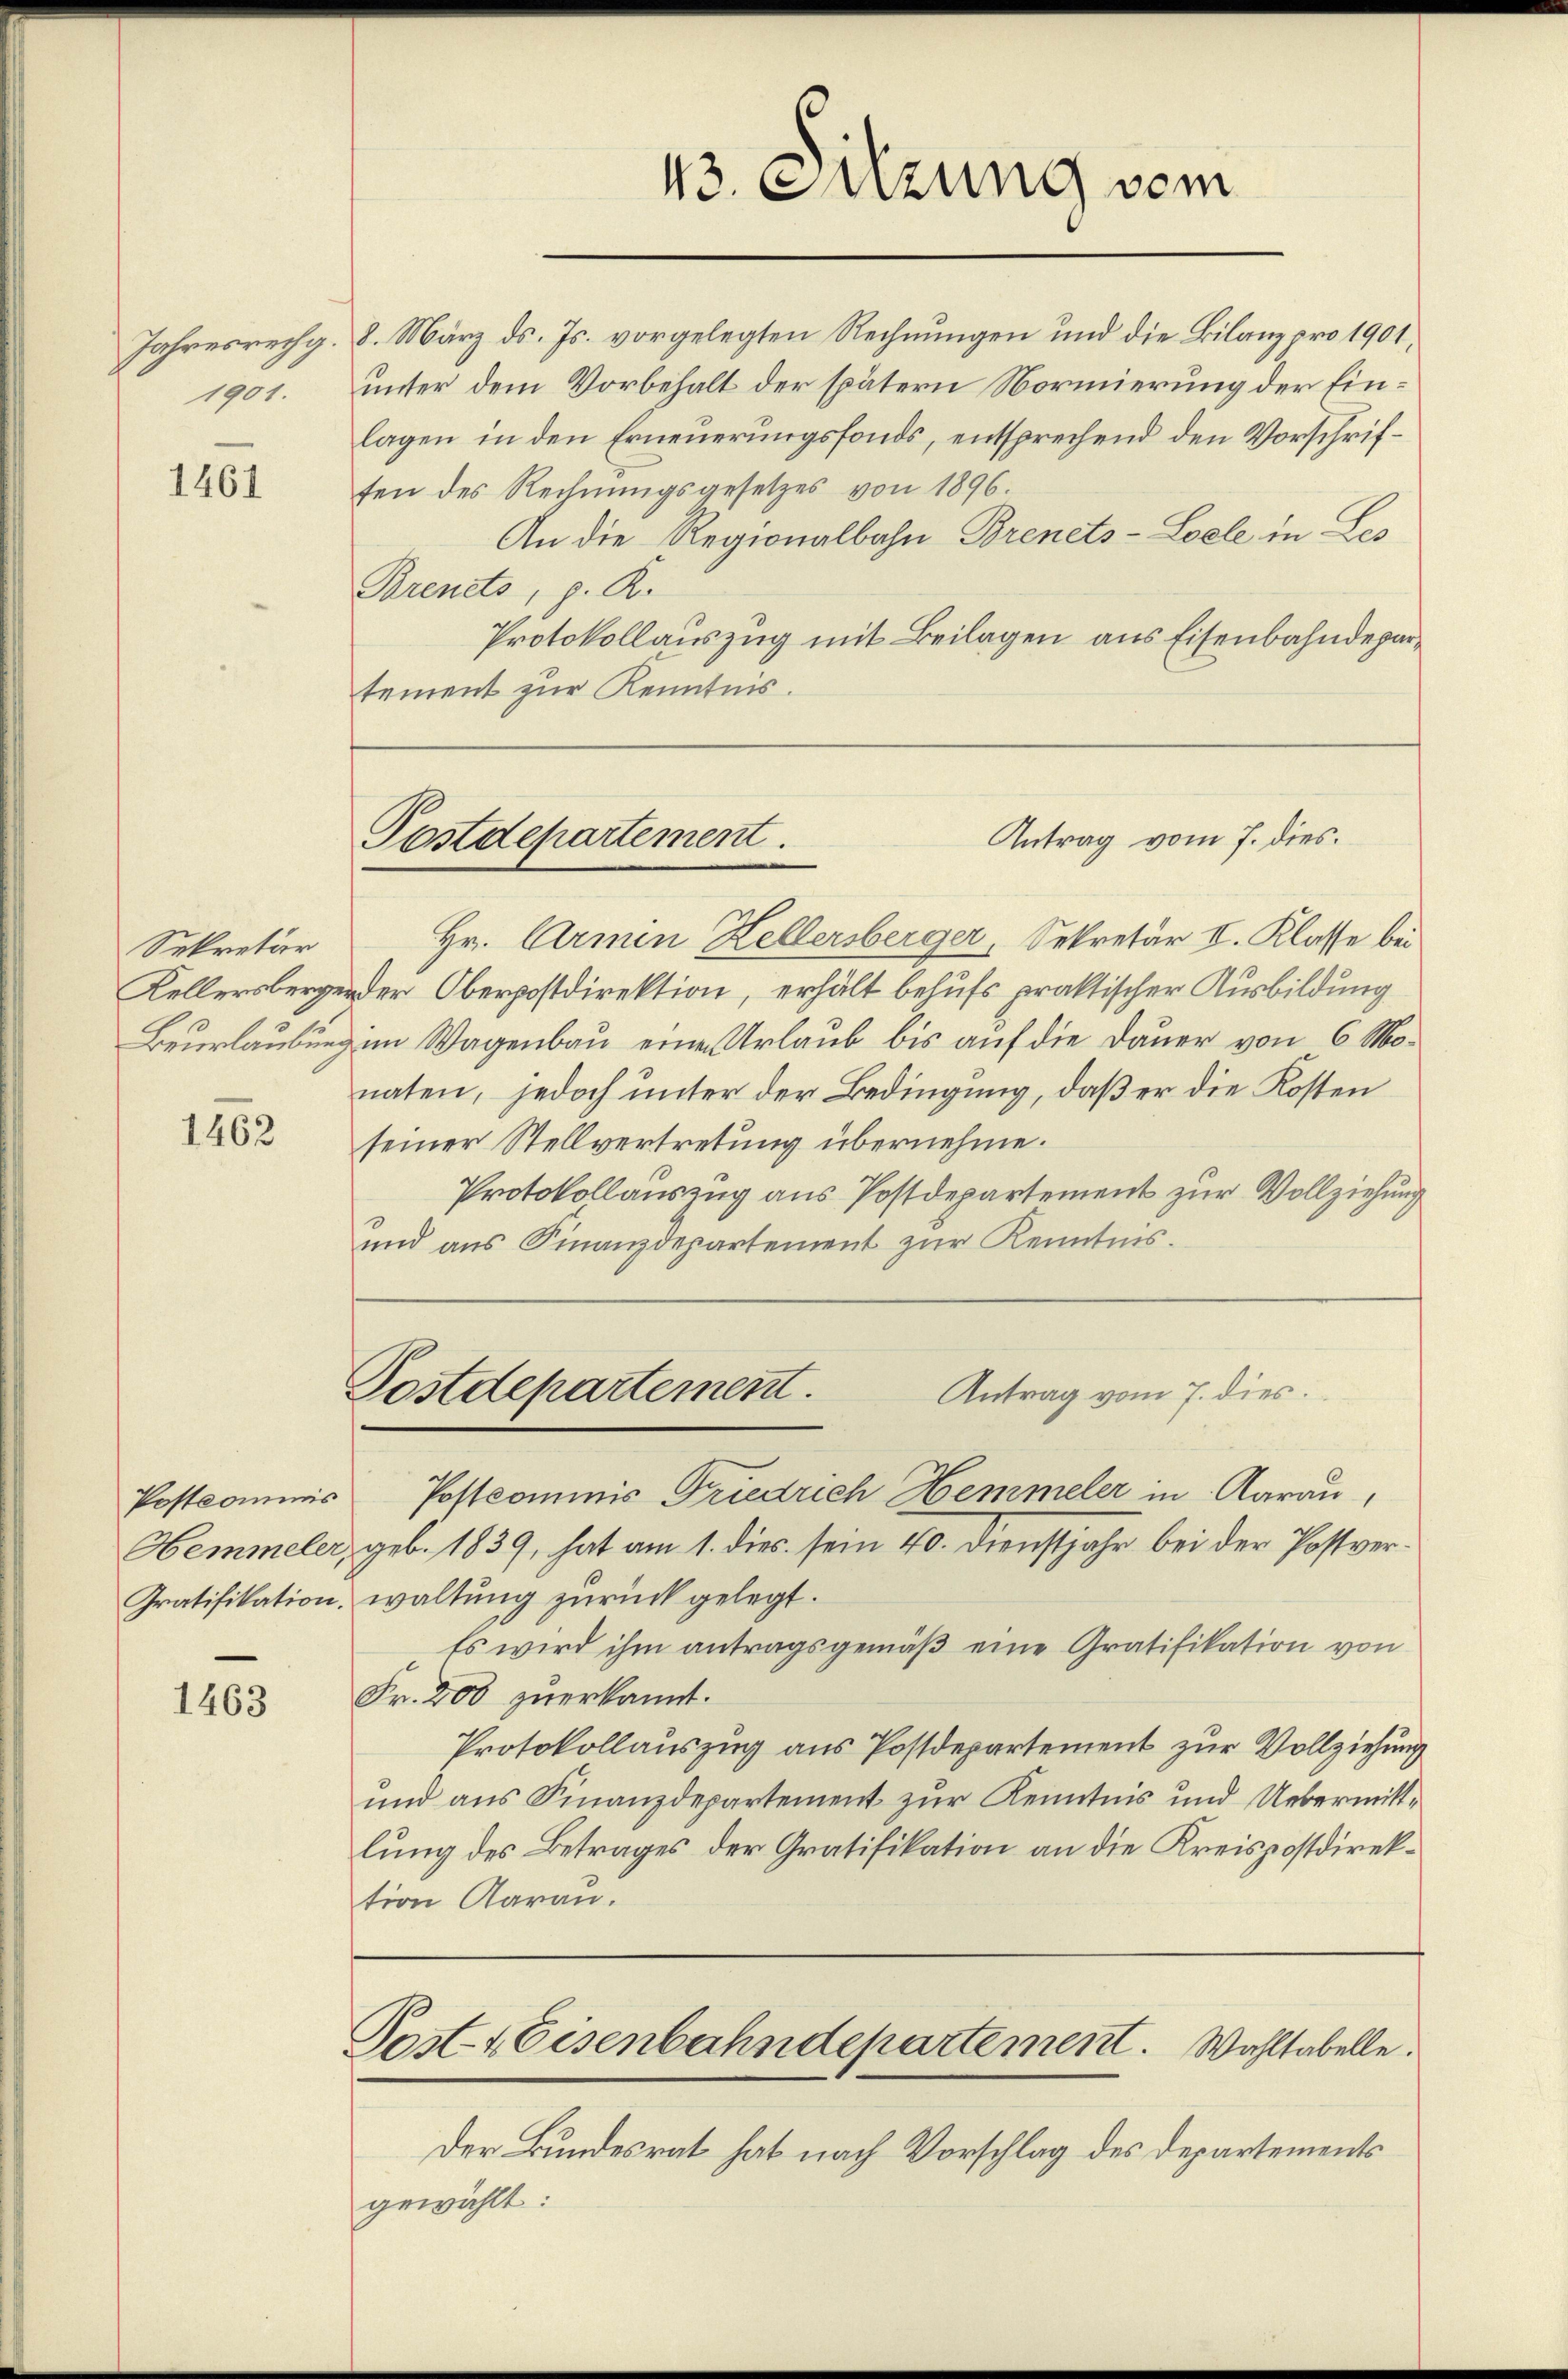
1461

Sekretär

1462

Postcommis
Gratifikation.

1463

Jahresrechg. 8. März ds. Js. vorgelegten Rechnungen und die Bilanz pro 1901,
1901. unter dem Vorbehalt der spätern Normierung der Einlagen in den Erneuerungsfonds, entsprechend den Vorschriffen des Rechnungsgesetzes von 1896.
An die Regionalbahn Brenets-Loele in Les
Breuets, p. R.
Protokollauszug mit Beilagen aus Eisenbahndepartement zur Kenntnis.

Postdepartement.

Hr. Armen Zellersberger, Sekretär II. Klasse bei
Kellersberger der Oberpostdirektion, erhält behufs praktischer Ausbildung
Beurlaubung im Wagenbau einen Urlaub bis auf die Dauer von 6 Monaten, jedoch unter der Bedingung, daß er die Kosten
seiner Stellvertretung übernehme.
Protokollauszug aus Postdepartement zur Vollziehung
und ans Finanzdepartement zŭr Kenntnis.

Postdepartement.

43. Suzung vom

Antrag vom 7. dies
Postcommis Friedrich Hemmeler in Aarau,
Hemmeler, geb. 1839, hat am 1. dies sein 40. Dienstjahr bei der Postverwaltung zurück gelegt.
Es wird ihm antragsgemäβ eine Gratifikation von
Fr. 200 zuerkannt.
Protokollauszug aus Postdepartement zur Vollziehung
und aus Finanzdepartement zur Kenntnis und Uebermittlung des Betrages der Gratifikation an die Kreispostdirektion Aarau.
Post-Eisenbahndepartement. Wahltabelle.
Der Bundesrat hat nach Vorschlag des Departements
gewählt:

Antrag vom 7. dies